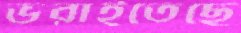
ভরাইতেছে